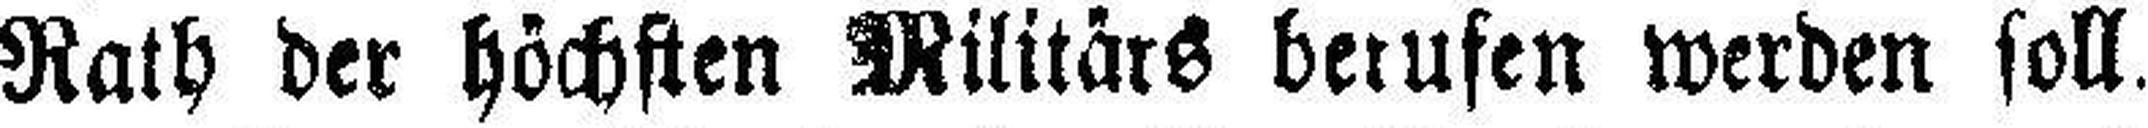
Rath der höchsten Militärs berufen werden soll.